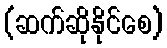
(ဆက်ဆိုနိုင်စေ)